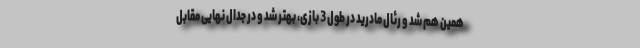
همین هم شد و رئال مادرید در طول 3 بازی،‌ بهتر شد و در جدال نهایی مقابل